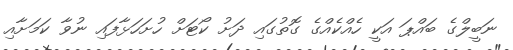
ނަބީލްގެ ބައްޕަ އަކީ ހެއްކެއްގެ ގޮތުގައި ދަށު ކޯޓަށް ހުށަހަޅާފައި ނުވާ ކަމަށާއި